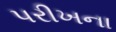
પરીખના